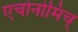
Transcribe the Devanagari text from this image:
एचोनोमिच्